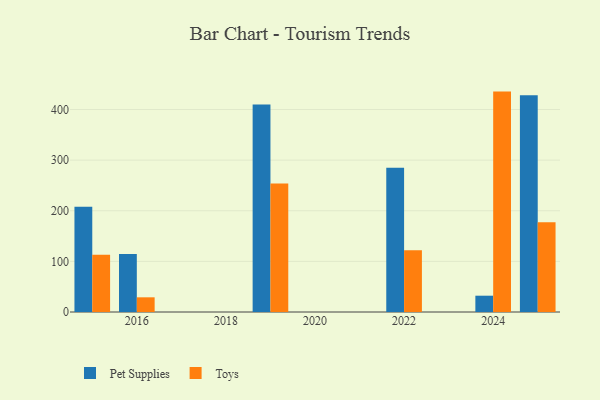
{"axis": {"x": "Year", "y": "Bounce Rate (%)"}, "legend": ["Pet Supplies", "Toys"], "data": [{"x": "2016", "y": 114.7, "type": "Pet Supplies"}, {"x": "2016", "y": 29.0, "type": "Toys"}, {"x": "2019", "y": 410.0, "type": "Pet Supplies"}, {"x": "2019", "y": 253.7, "type": "Toys"}, {"x": "2024", "y": 32.2, "type": "Pet Supplies"}, {"x": "2024", "y": 435.4, "type": "Toys"}, {"x": "2025", "y": 428.4, "type": "Pet Supplies"}, {"x": "2025", "y": 177.4, "type": "Toys"}, {"x": "2022", "y": 285.0, "type": "Pet Supplies"}, {"x": "2022", "y": 121.8, "type": "Toys"}, {"x": "2015", "y": 207.8, "type": "Pet Supplies"}, {"x": "2015", "y": 113.1, "type": "Toys"}]}